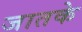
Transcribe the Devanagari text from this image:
जातके